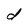
Character: d